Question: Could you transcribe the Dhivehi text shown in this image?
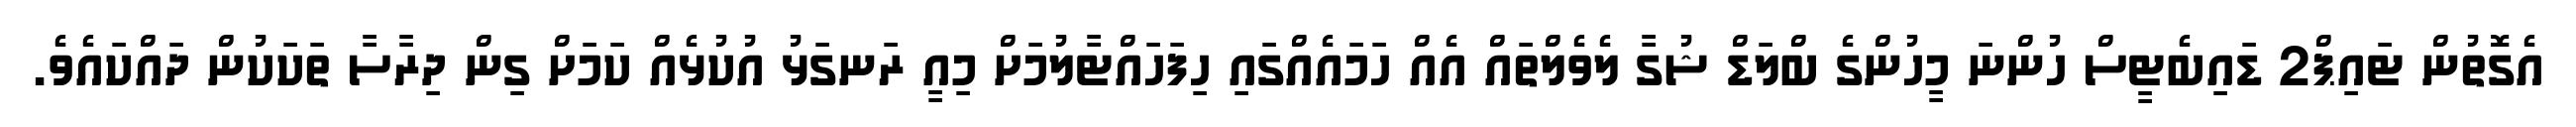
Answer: އެގޮތުން ޓައިޕް2 ޑައިބެޓީސް ހުންނަ މީހުންގެ ބްލަޑް ޝުގާ ލެވެލްތައް އެއް ހަމައެއްގައި ހިފަހައްޓާލުމަށް މިއީ ރަނގަޅު އުކުޅެއް ކަމަށް ގިން ދިރާސާ ތަކަކުން ދައްކައެވެ.